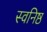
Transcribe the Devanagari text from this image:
स्वनिष्ठ